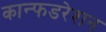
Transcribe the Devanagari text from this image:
कान्फडरेशन